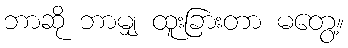
ဘာဆို ဘာမျှ ထူးခြားတာ မတွေ့။